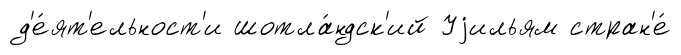
д'е́ят'ельност'и шотла́ндск'ий Уjильям стран'е́